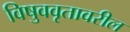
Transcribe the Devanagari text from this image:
विषुववृतावरील